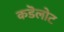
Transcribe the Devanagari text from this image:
कडॆलोट